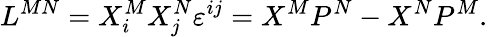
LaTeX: L^{MN}=X_{i}^{M}X_{j}^{N}\varepsilon^{ij}=X^{M}P^{N}-X^{N}P^{M}.